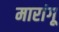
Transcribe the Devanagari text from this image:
मारांगू